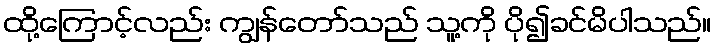
ထို့ကြောင့်လည်း ကျွန်တော်သည် သူ့ကို ပို၍ခင်မိပါသည်။